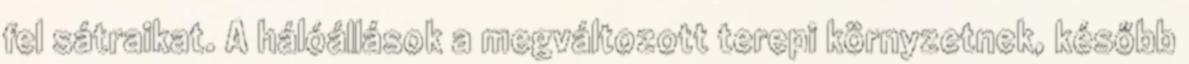
fel sátraikat. A hálóállások a megváltozott terepi környzetnek, később